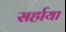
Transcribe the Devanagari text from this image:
सर्हाया